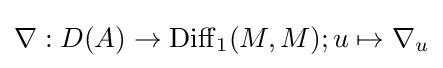
\nabla :D(A)\to \mathrm {Diff} _{1}(M,M);u\mapsto \nabla _{u}